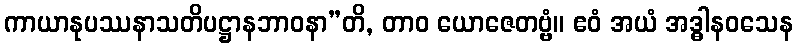
ကာယာနုပဿနာသတိပဋ္ဌာနဘာဝနာ”တိ, တာဝ ယောဇေတဗ္ဗံ။ ဧဝံ အယံ အဒ္ဓါနဝသေန